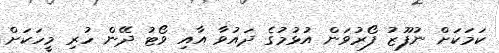
ކަމަކަށް ނުފޫޒު ފޯރުވަން އުޅުމުގެ ދައުވާ އާއި ވޯޓު ދޭން ހުރި މީހަކަށް